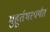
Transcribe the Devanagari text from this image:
मुहूर्तभरपर्यंत